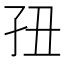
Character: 𰌢